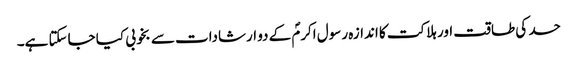
حسد کی طاقت اور ہلاکت کا اندازہ رسول اکرمؐ کے دو ارشادات سے بخوبی کیا جاسکتا ہے۔